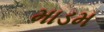
માડમ